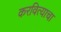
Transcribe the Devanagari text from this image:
करवित्याचा